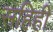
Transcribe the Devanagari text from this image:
सहिही